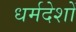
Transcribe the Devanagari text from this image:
धर्मदेशों